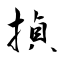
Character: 揁